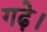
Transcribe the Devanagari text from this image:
गढ़े।